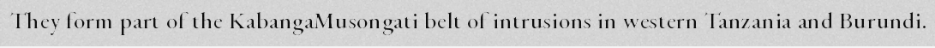
They form part of the KabangaMusongati belt of intrusions in western Tanzania and Burundi.